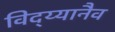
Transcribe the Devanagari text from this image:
विद्य्यानैव